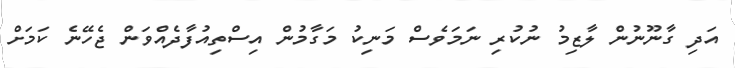
އަދި ގާނޫނުން ލާޒިމު ނުކުރި ނަމަވެސް މަނިކު މަގާމުން އިސްތިއުފާދެއްވަން ޖެހޭނެ ކަމަށް